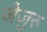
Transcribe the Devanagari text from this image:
जेजुरु